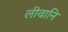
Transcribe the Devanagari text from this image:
लीवानि